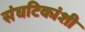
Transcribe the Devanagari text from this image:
संघटिकांशी